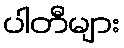
ပါတီများ